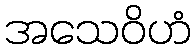
အသေဝိဟံ